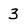
Character: 3